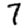
Digit: 7